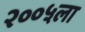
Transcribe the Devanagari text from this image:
२००५ला